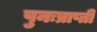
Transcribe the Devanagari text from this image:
पुनःप्राप्ती